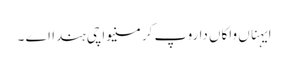
ایہناں واکاں دا روپ کرمنیواچی ہندا اے ۔